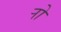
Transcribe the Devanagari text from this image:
र्‍ाो